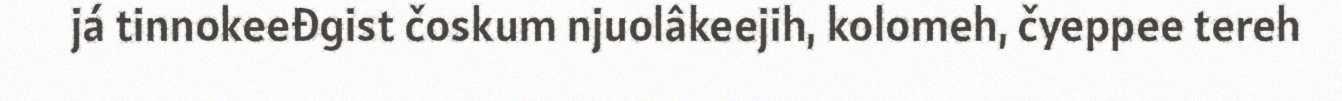
já tinnokeeđgist čoskum njuolâkeejih, kolomeh, čyeppee tereh